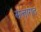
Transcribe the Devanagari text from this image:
सत्तागत